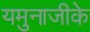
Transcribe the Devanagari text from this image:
यमुनाजीके